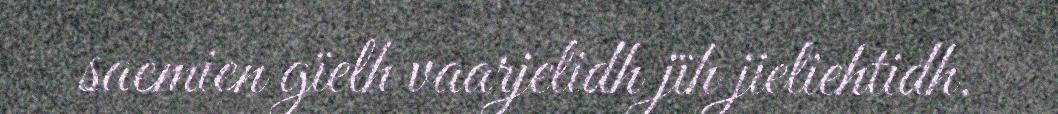
saemien gïelh vaarjelidh jïh jieliehtidh.